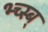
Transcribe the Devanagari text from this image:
भ्च्स्ब्